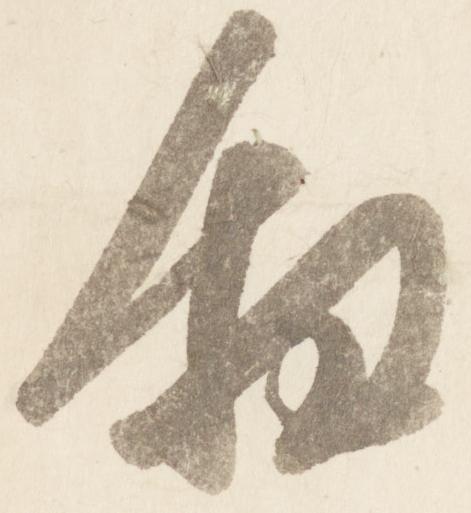
叙